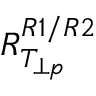
R _ { T _ { \perp p } } ^ { R 1 / R 2 }